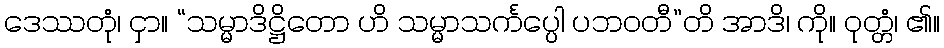
ဒေဿတုံ၊ ငှာ။ “သမ္မာဒိဋ္ဌိတော ဟိ သမ္မာသင်္ကပ္ပေါ ပဘဝတီ”တိ အာဒိ၊ ကို။ ဝုတ္တံ၊ ၏။